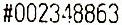
#002348863